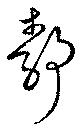
静